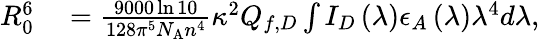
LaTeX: \begin{array}{rl}{R_{0}^{6}}&{{}=\frac{9000\ln 10}{128\pi^{5}N_{\mathrm{A}}n^{4}}\kappa^{2}Q_{f,D}\int{I_{D}\left(\lambda\right)\epsilon_{A}\left(\lambda\right)\lambda^{4}d\lambda},}\end{array}